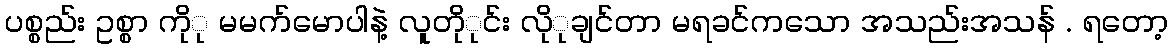
ပစ္စည်း ဥစ္စာ ကိုု မမက်မောပါနဲ့ လူတိုုင်း လိုုချင်တာ မရခင်ကသော အသည်းအသန် . ရတော့